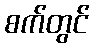
စက်တွင်